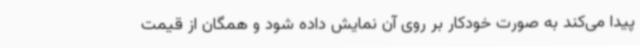
پیدا می‌کند به صورت خودکار بر روی آن نمایش داده شود و همگان از قیمت